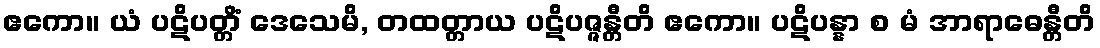
ဧကော။ ယံ ပဋိပတ္တိံ ဒေသေမိ, တထတ္တာယ ပဋိပဇ္ဇန္တီတိ ဧကော။ ပဋိပန္နာ စ မံ အာရာဓေန္တီတိ